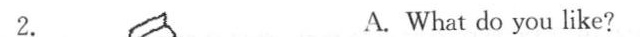
2. A. What do you like?